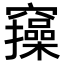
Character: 𥩃